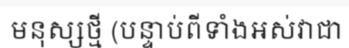
មនុស្សថ្មី (បន្ទាប់ពីទាំងអស់វាជា